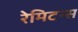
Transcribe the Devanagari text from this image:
रेमिटन्स